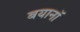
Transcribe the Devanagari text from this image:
बयानॉ